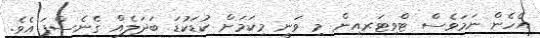
އެހެން ނަމަވެސް ޓްވިޓަރއިން މި ވަނީ މިކަމަށް ކުޑަކުޑަ ބަދަލެއް ގެނެސްފަ އެވެ.